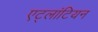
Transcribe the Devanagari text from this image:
एट्लांटियन